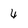
Character: 4